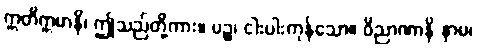
ဣတိဣမာနိ၊ ဤသည်တို့ကား။ ပဉ္စ၊ ငါးပါးကုန်သော။ ဝိညာဏာနိ နာမ၊